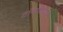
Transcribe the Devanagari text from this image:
टॉमशिवाय